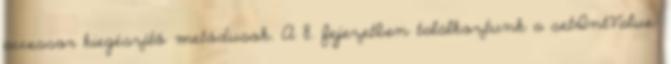
accessor kiegészítő metódusok. A 8. fejezetben találkoztunk a setIntValue: